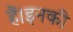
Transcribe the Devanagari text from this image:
हैं।इनकी